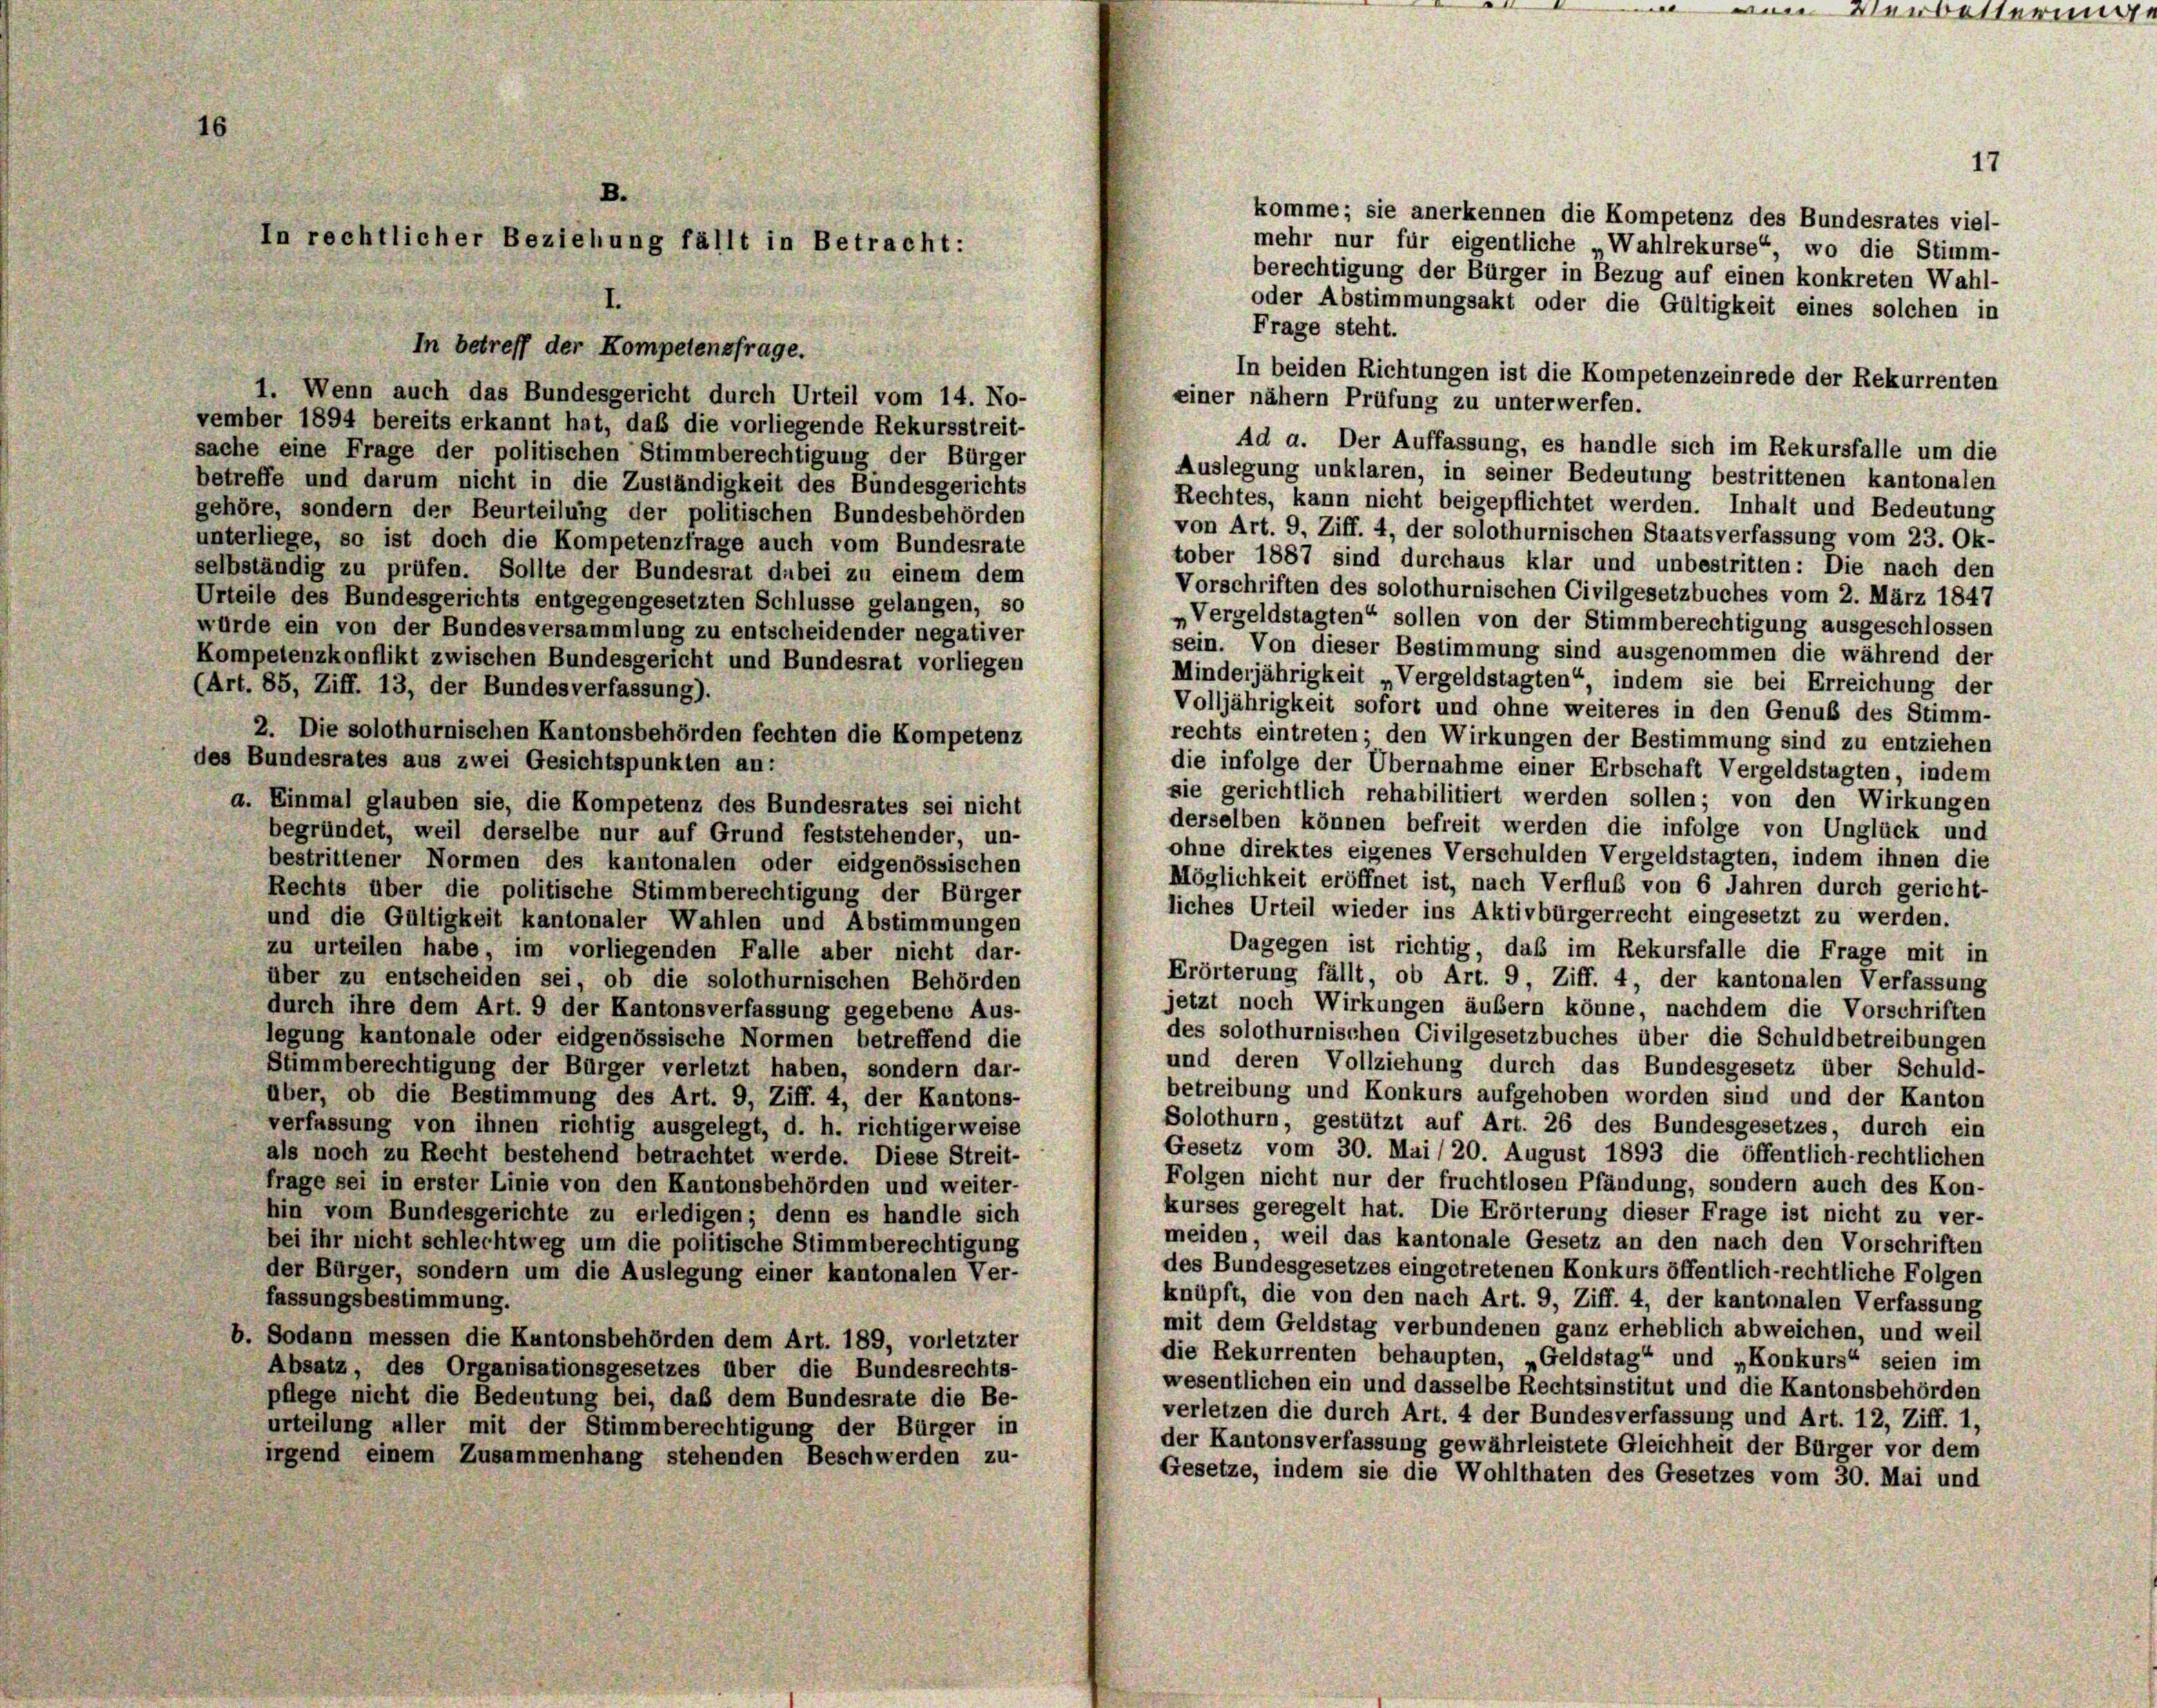
B.
In rechtlicher Beziehung fällt in Betracht:

In betreff der Kompetensfrage.
1. Wenn auch das Bundesgericht durch Urteil vom 14. No-

e

von Verbotterung

17

komme; sie anerkennen die Kompetenz des Bundesrates viel-
mehr nur für eigentliche „Wahlrekurse“, wo die Stimm-
berechtigung der Bürger in Bezug auf einen konkreten Wahl-
oder Abstimmungsakt oder die Gültigkeit eines solchen in
Frage steht.
In beiden Richtungen ist die Kompetenzeinrede der Rekurrenten
einer nähern Prüfung zu unterwerfen.
vember 1894 bereits erkannt hat, daß die vorliegende Rekursstreit-
Ad a. Der Auffassung, es handle sich im Rekursfalle um die
sache eine Frage der politischen Stimmberechtigung der Bürger
Auslegung unklaren, in seiner Bedeutung bestrittenen kantonalen
betreffe und darum nicht in die Zuständigkeit des Bundesgerichts
Rechtes, kann nicht beigepflichtet werden. Inhalt und Bedeutung
gehöre, sondern der Beurteilung der politischen Bundesbehörden
von Art. 9, Ziff. 4, der solothurnischen Staatsverfassung vom 23. Ok-
unterliege, so ist doch die Kompetenzfrage auch vom Bundesrate
tober 1887 sind durchaus klar und unbestritten: Die nach den
selbständig zu prüfen. Sollte der Bundesrat dabei zu einem dem
Vorschriften des solothurnischen Civilgesetzbuches vom 2. März 1847
Urteile des Bundesgerichts entgegengesetzten Schlüsse gelangen, so
„Vergeldstagten“ sollen von der Stimmberechtigung ausgeschlossen
würde ein von der Bundesversammlung zu entscheidender negativer
sein. Von dieser Bestimmung sind ausgenommen die während der
Kompetenzkonflikt zwischen Bundesgericht und Bundesrat vorliegen
Minderjährigkeit Vergeldstagten“, indem sie bei Erreichung der
(Art. 85, Ziff. 13, der Bundesverfassung).
Volljährigkeit sofort und ohne weiteres in den Genuß des Stimm-
2. Die solothurnischen Kantonsbehörden fechten die Kompetenz
rechts eintreten; den Wirkungen der Bestimmung sind zu entziehen
des Bundesrates aus zwei Gesichtspunkten an:
die infolge der Übernahme einer Erbschaft Vergeldstagten, indem
sie gerichtlich rehabilitiert werden sollen; von den Wirkungen
a. Einmal glauben sie, die Kompetenz des Bundesrates sei nicht
derselben können befreit werden die infolge von Unglück und
begründet, weil derselbe nur auf Grund feststehender, un-
ohne direktes eigenes Verschulden Vergeldstagten, indem ihnen die
bestrittener Normen des kantonalen oder eidgenössischen
Möglichkeit eröffnet ist, nach Verfluß von 6 Jahren durch gericht-
Rechts über die politische Stimmberechtigung der Bürger
liches Urteil wieder ins Aktivbürgerrecht eingesetzt zu werden.
und die Gültigkeit kantonaler Wahlen und Abstimmungen
Dagegen ist richtig, daß im Rekursfalle die Frage mit in
zu urteilen habe, im vorliegenden Falle aber nicht dar-
Erörterung fällt, ob Art. 9, Ziff. 4, der kantonalen Verfassung
über zu entscheiden sei, ob die solothurnischen Behörden
jetzt noch Wirkungen äußern könne, nachdem die Vorschriften
durch ihre dem Art. 9 der Kantonsverfassung gegebene Aus-
des solothurnischen Civilgesetzbuches über die Schuldbetreibungen
legung kantonale oder eidgenössische Normen betreffend die
und deren Vollziehung durch das Bundesgesetz über Schuld-
Stimmberechtigung der Bürger verletzt haben, sondern dar-
betreibung und Konkurs aufgehoben worden sind und der Kanton
über, ob die Bestimmung des Art. 9, Ziff. 4, der Kantons-
Solothurn, gestützt auf Art. 26 des Bundesgesetzes, durch ein
verfassung von ihnen richtig ausgelegt, d. h. richtigerweise
Gesetz vom 30. Mai /20. August 1893 die öffentlich-rechtlichen
als noch zu Recht bestehend betrachtet werde. Diese Streit-
Folgen nicht nur der fruchtlosen Pfändung, sondern auch des Kon-
frage sei in erster Linie von den Kantonsbehörden und weiter-
kurses geregelt hat. Die Erörterung dieser Frage ist nicht zu ver-
hin vom Bundesgerichte zu erledigen; denn es handle sich
meiden, weil das kantonale Gesetz an den nach den Vorschriften
bei ihr nicht schlechtweg um die politische Stimmberechtigung
des Bundesgesetzes eingetretenen Konkurs öffentlich-rechtliche Folgen
der Bürger, sondern um die Auslegung einer kantonalen Ver-
knüpft, die von den nach Art. 9, Ziff. 4, der kantonalen Verfassung
fassungsbestimmung.
mit dem Geldstag verbundenen ganz erheblich abweichen, und weil
b. Sodann messen die Kantonsbehörden dem Art. 189, vorletzter
die Rekurrenten behaupten, „Geldstag“ und „Konkurs“ seien im
Absatz, des Organisationsgesetzes über die Bundesrechts-
wesentlichen ein und dasselbe Rechtsinstitut und die Kantonsbehörden
pflege nicht die Bedeutung bei, daß dem Bundesrate die Be-
verletzen die durch Art. 4 der Bundesverfassung und Art. 12, Ziff. 1,
urteilung aller mit der Stimmberechtigung der Bürger in
der Kantonsverfassung gewährleistete Gleichheit der Bürger vor dem
irgend einem Zusammenhang stehenden Beschwerden zu-
Gesetze, indem sie die Wohlthaten des Gesetzes vom 30. Mai und